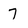
Character: 7